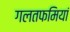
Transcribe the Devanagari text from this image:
गलतफमियां